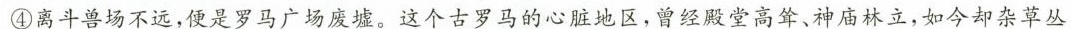
④离斗兽场不远，便是罗马广场废墟。这个古罗马的心脏地区，曾经殿堂高耸、神庙林立，如今却杂草丛